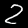
Digit: 2